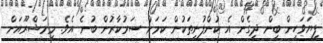
ފިޔަވަހިން ބިން ދީގެން އެ ކުންފުނިތަކުން ކަމަށް ސަރުކާރުން ބުނެ އެވެ. މިމަޝްރޫއަށް